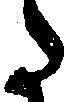
た